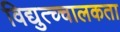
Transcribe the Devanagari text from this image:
विद्युत्च्चालकता